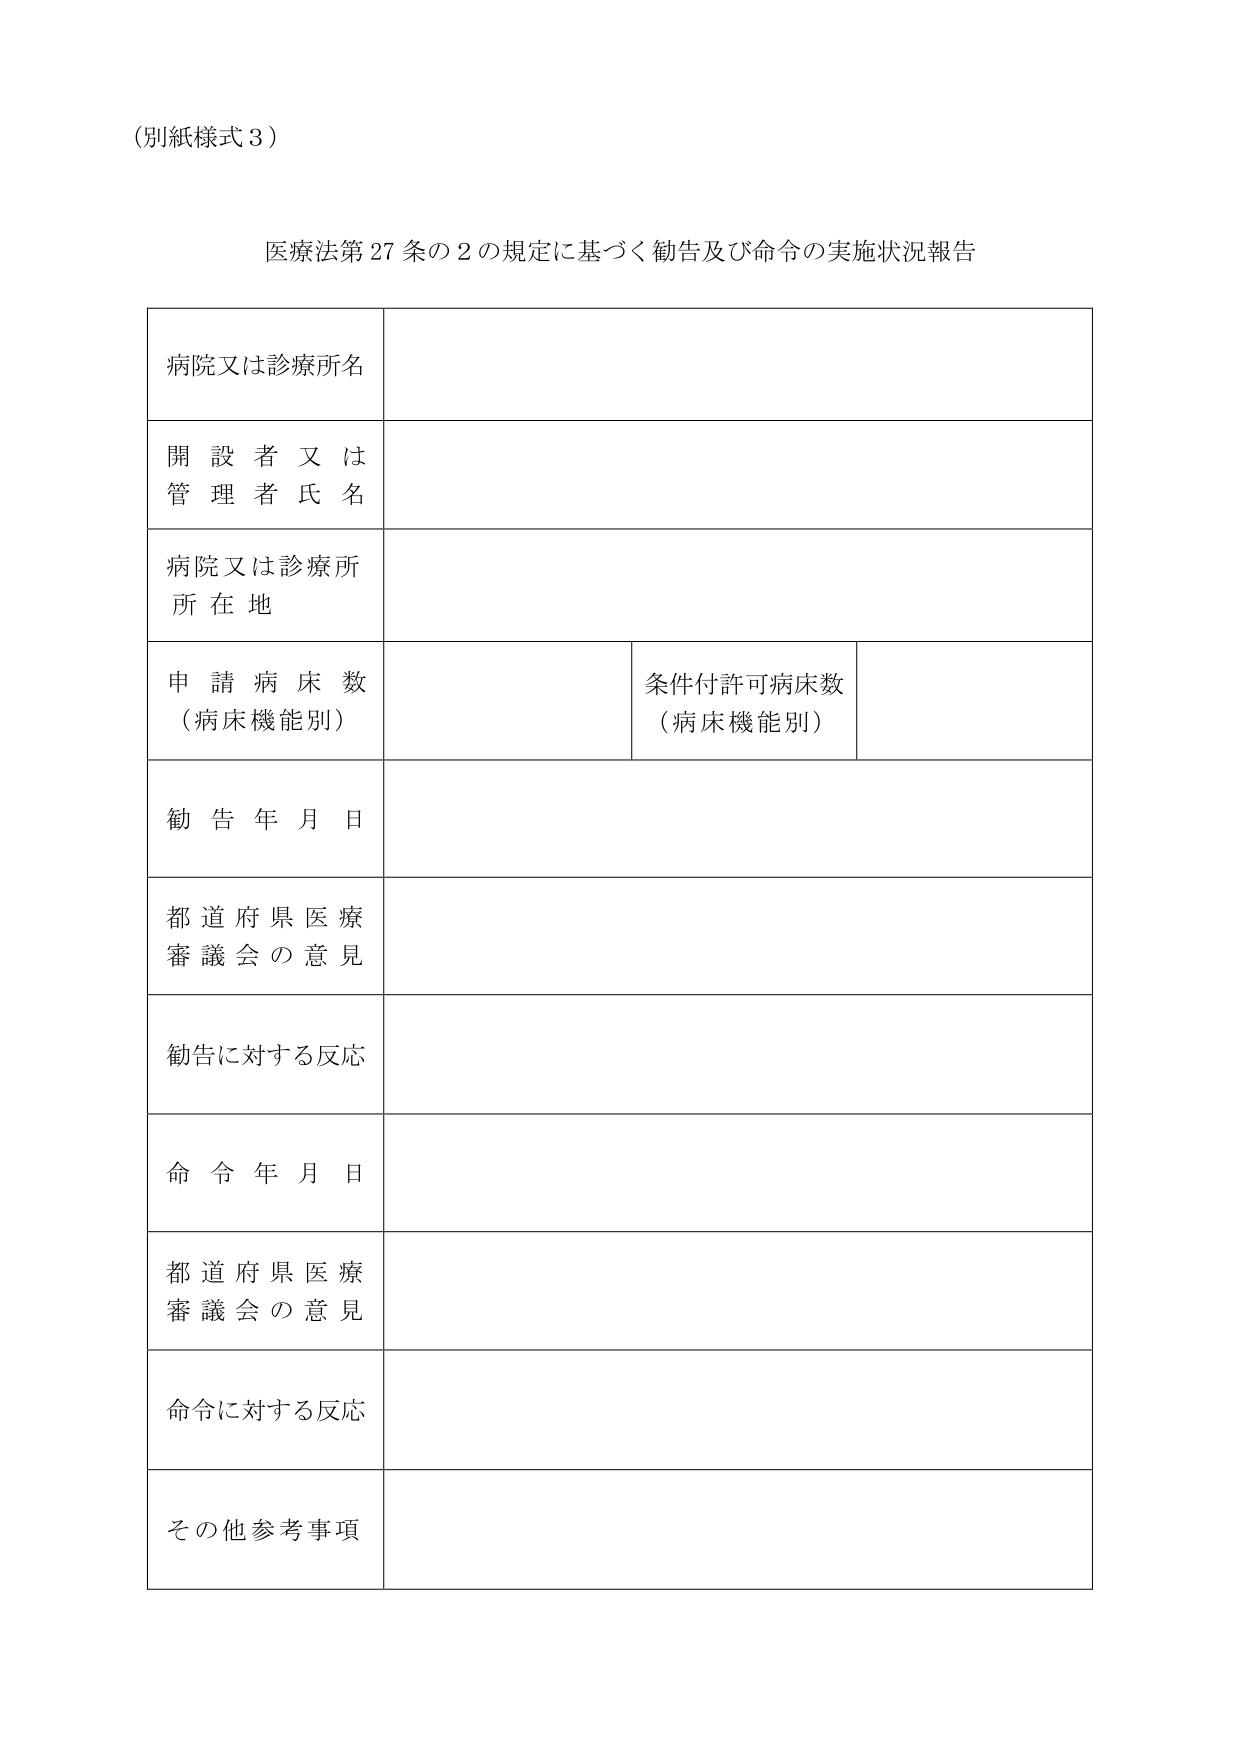
（別紙様式３）

医療法第27条の2の規定に基づく勧告及び命令の実施状況報告

病院又は診療所名

開設者又は管理者氏名

病院又は診療所所在地

申請病床数（病床機能別）

条件付許可病床数（病床機能別）

勧告年月日

都道府県医療審議会の意見

勧告に対する反応

命令年月日

都道府県医療審議会の意見

命令に対する反応

その他参考事項